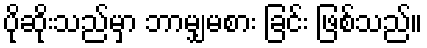
ပိုဆိုးသည်မှာ ဘာမျှမစား ခြင်း ဖြစ်သည်။